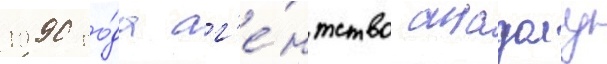
1990 го́да аг'е́нтство анадолу